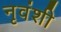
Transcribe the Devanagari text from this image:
नृवंशी